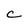
Character: C